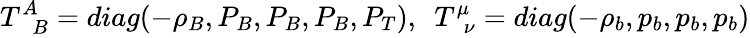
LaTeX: T_{\phantom{A}B}^{A}=diag(-\rho_{B},P_{B},P_{B},P_{B},P_{T}),~~T_{\phantom{\mu}\nu}^{\mu}=diag(-\rho_{b},p_{b},p_{b},p_{b})